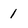
Character: 1